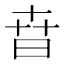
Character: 㫩